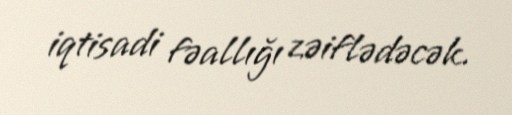
iqtisadi fəallığı zəiflədəcək.